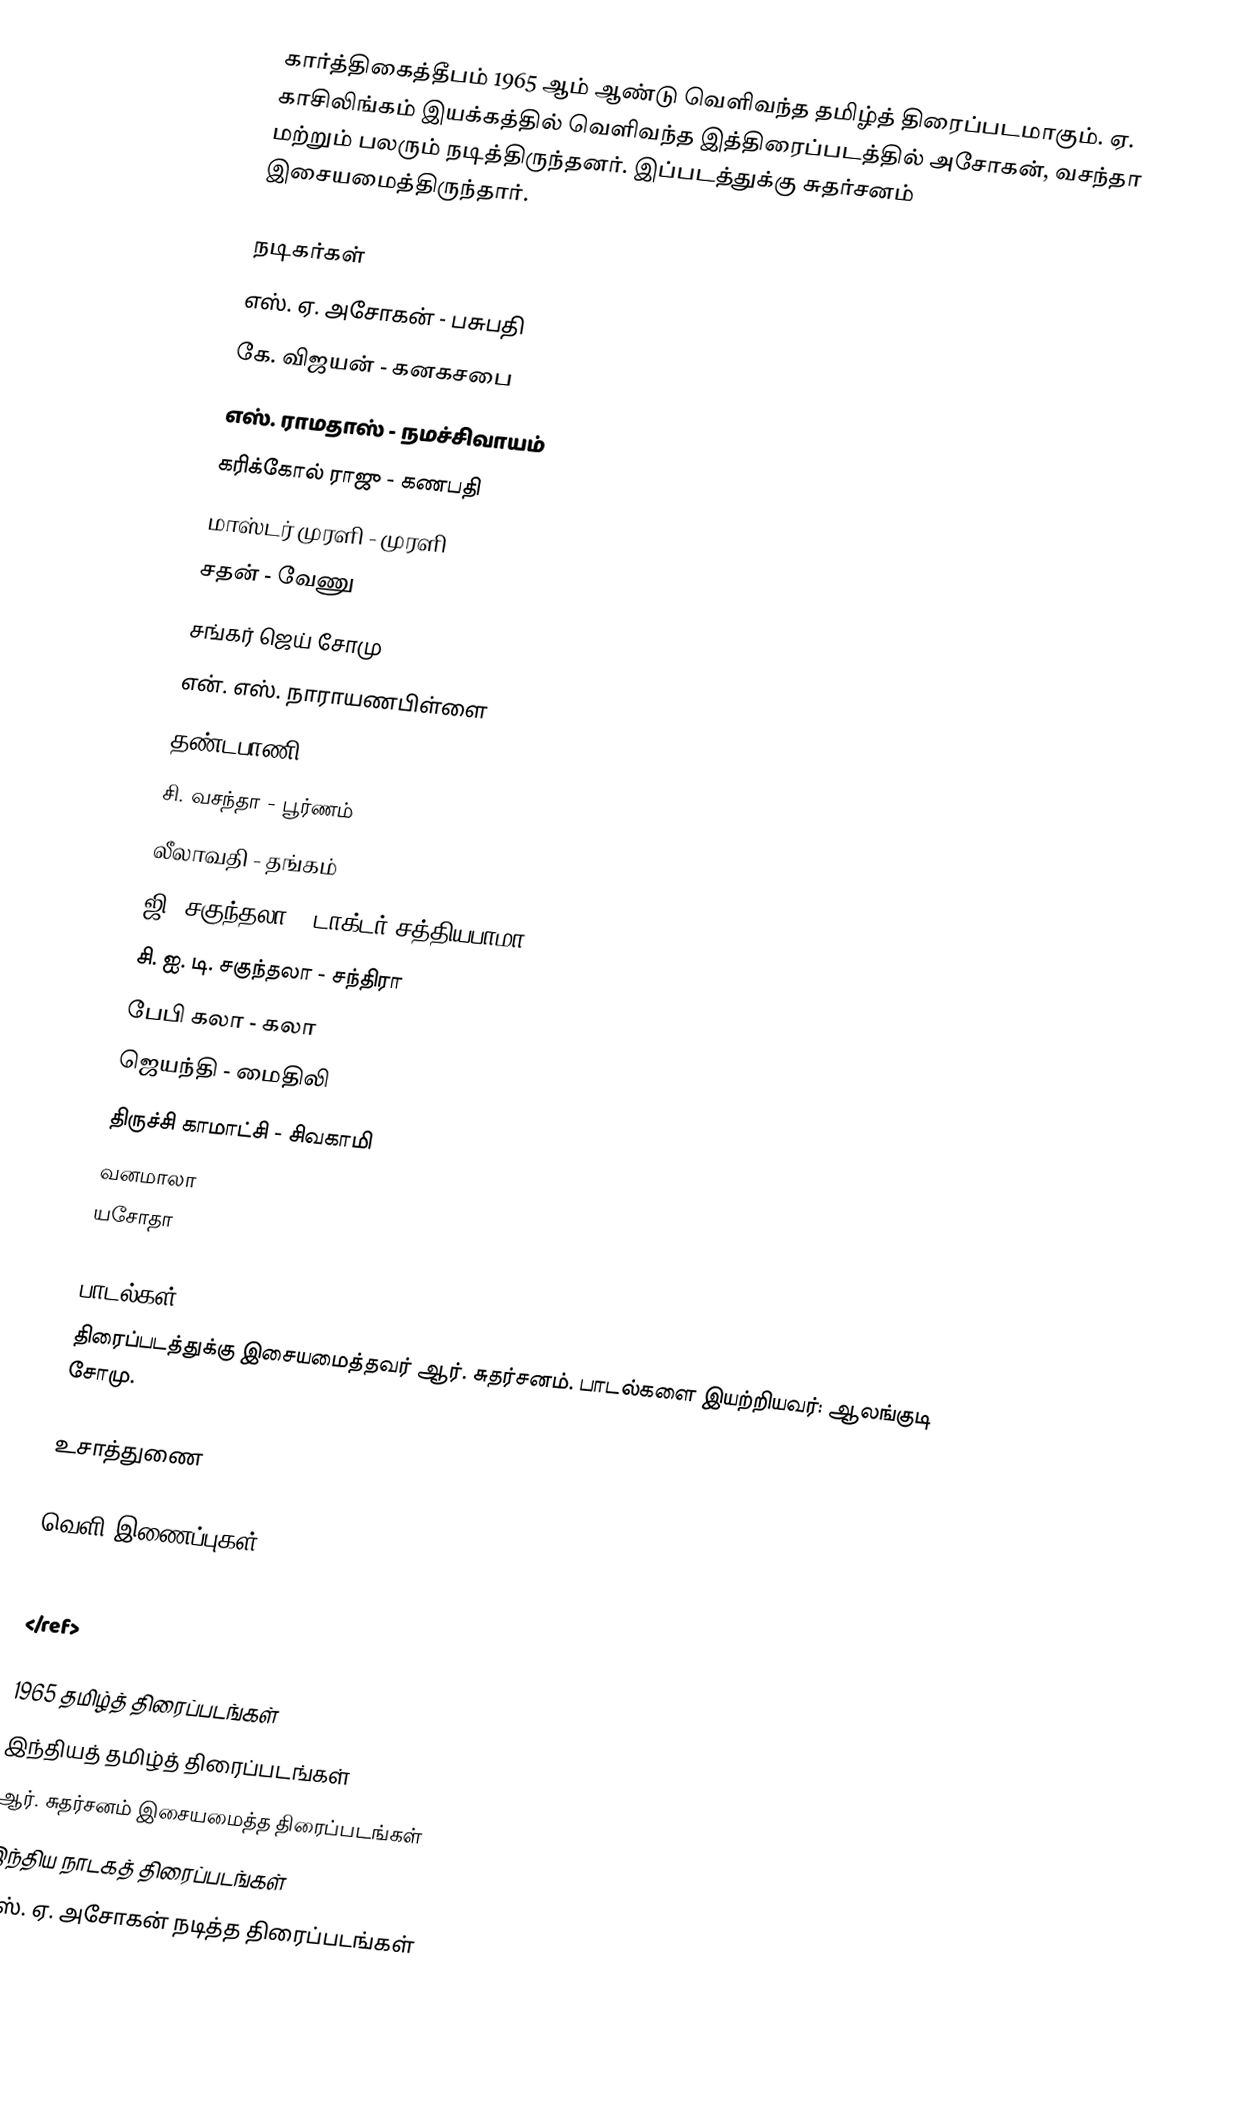
கார்த்திகைத்தீபம் 1965 ஆம் ஆண்டு வெளிவந்த தமிழ்த் திரைப்படமாகும். ஏ. காசிலிங்கம் இயக்கத்தில் வெளிவந்த இத்திரைப்படத்தில் அசோகன், வசந்தா மற்றும் பலரும் நடித்திருந்தனர். இப்படத்துக்கு சுதர்சனம் இசையமைத்திருந்தார்.

நடிகர்கள்
 எஸ். ஏ. அசோகன் - பசுபதி
 கே. விஜயன் - கனகசபை
 எஸ். ராமதாஸ் - நமச்சிவாயம்
 கரிக்கோல் ராஜு - கணபதி
 மாஸ்டர் முரளி - முரளி
 சதன் - வேணு
 சங்கர் ஜெய் சோமு
 என். எஸ். நாராயணபிள்ளை
 தண்டபாணி
 சி. வசந்தா - பூர்ணம்
 லீலாவதி - தங்கம்
 ஜி. சகுந்தலா - டாக்டர் சத்தியபாமா
 சி. ஐ. டி. சகுந்தலா - சந்திரா
 பேபி கலா - கலா
 ஜெயந்தி - மைதிலி
 திருச்சி காமாட்சி - சிவகாமி
 வனமாலா
 யசோதா

பாடல்கள்
திரைப்படத்துக்கு இசையமைத்தவர் ஆர். சுதர்சனம். பாடல்களை இயற்றியவர்: ஆலங்குடி சோமு.

உசாத்துணை

வெளி இணைப்புகள்

 </ref>

1965 தமிழ்த் திரைப்படங்கள்
இந்தியத் தமிழ்த் திரைப்படங்கள்
ஆர். சுதர்சனம் இசையமைத்த திரைப்படங்கள்
இந்திய நாடகத் திரைப்படங்கள்
எஸ். ஏ. அசோகன் நடித்த திரைப்படங்கள்